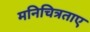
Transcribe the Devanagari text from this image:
मनिचित्रताए